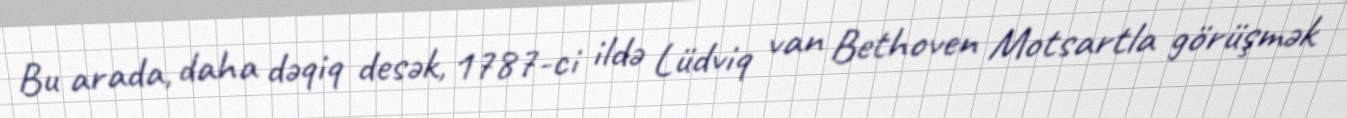
Bu arada, daha dəqiq desək, 1787-ci ildə Lüdviq van Bethoven Motsartla görüşmək